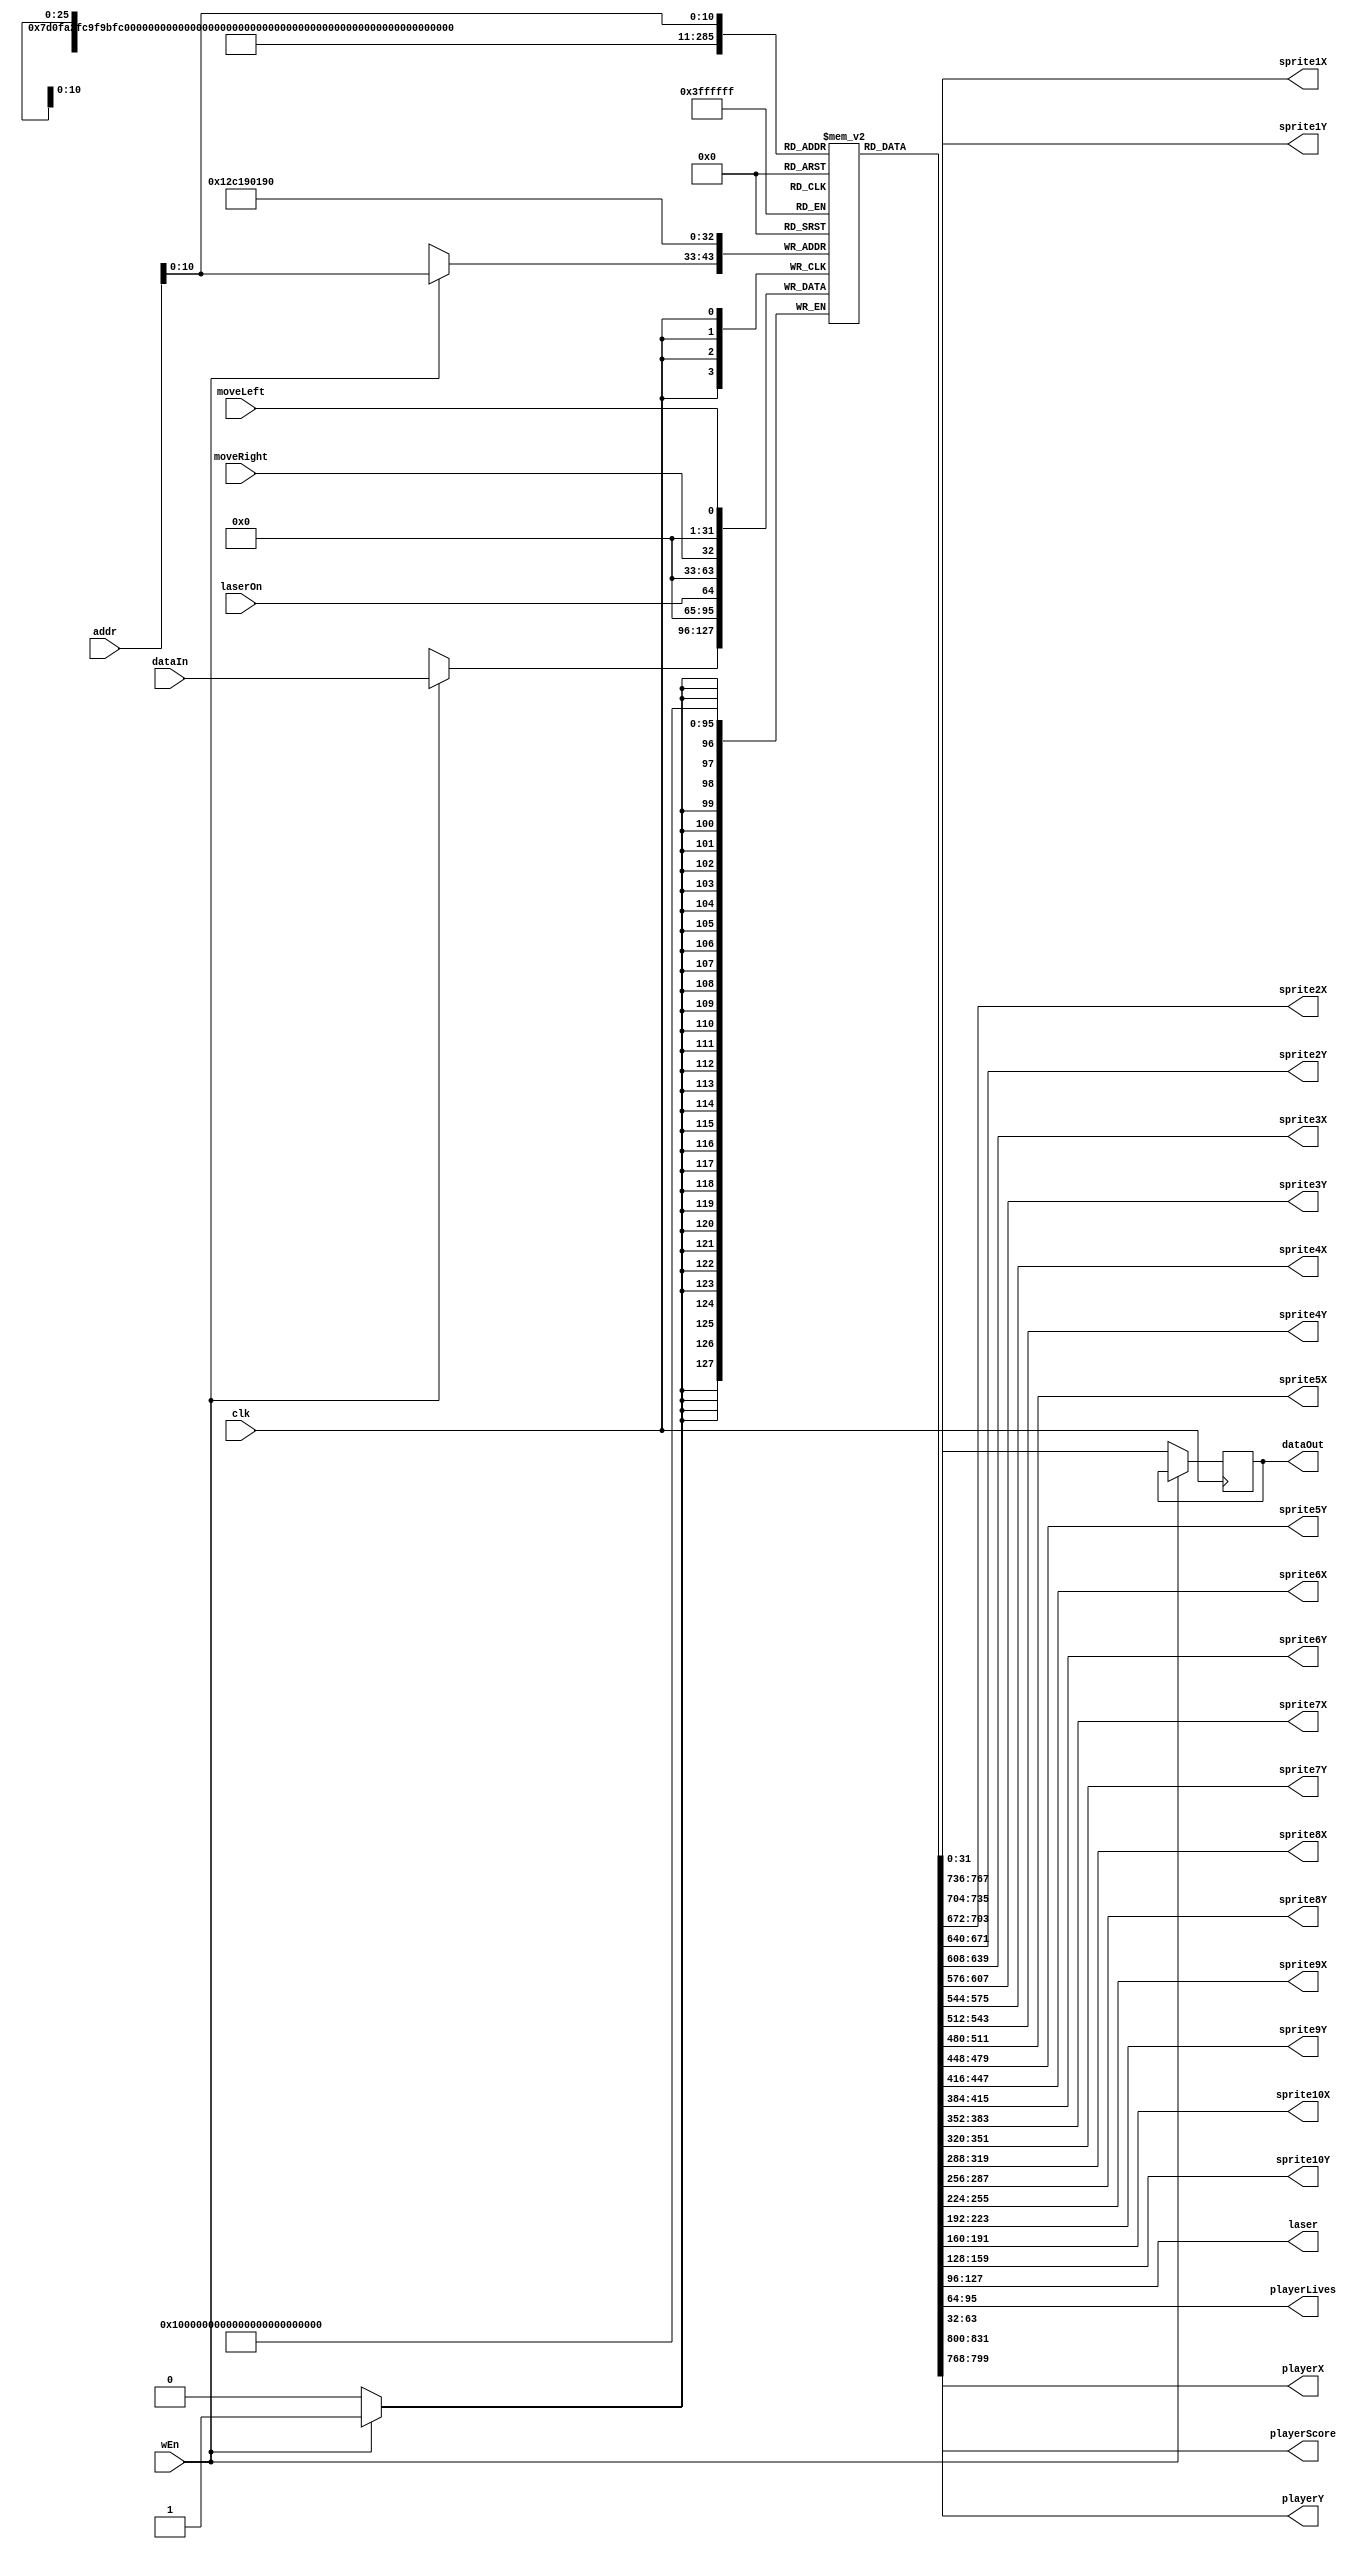
`timescale 1ns / 1ps
//originally depth was 4096
module RAM #( parameter DATA_WIDTH = 32, ADDRESS_WIDTH = 12, DEPTH = 2048) (
    input wire                     clk,
    input wire                     wEn,
    input wire [ADDRESS_WIDTH-1:0] addr,
    input wire [DATA_WIDTH-1:0]    dataIn,
    input wire                     moveRight,
    input wire                     moveLeft,
    input wire                     laserOn,
    output reg [DATA_WIDTH-1:0]    dataOut = 0,
    output wire [31:0] sprite1X, sprite1Y,
    output wire [31:0] sprite2X, sprite2Y,
    output wire [31:0] sprite3X, sprite3Y,
    output wire [31:0] sprite4X, sprite4Y,
    output wire [31:0] sprite5X, sprite5Y,
    output wire [31:0] sprite6X, sprite6Y,
    output wire [31:0] sprite7X, sprite7Y,
    output wire [31:0] sprite8X, sprite8Y,
    output wire [31:0] sprite9X, sprite9Y,
    output wire [31:0] sprite10X, sprite10Y,
    output wire [31:0] laser, playerLives, playerScore,
    output wire[31:0] playerX, playerY);
    
    reg[DATA_WIDTH-1:0] MemoryArray[0:DEPTH-1];
    
    integer i;
    initial begin
        for (i = 0; i < DEPTH; i = i + 1) begin
            MemoryArray[i] <= 0;
        end
        // if(MEMFILE > 0) begin
        //     $readmemh(MEMFILE, MemoryArray);
        // end
    end
    
    //assign temp1 = MemoryArray[1234];   
    assign playerX = MemoryArray[2000];
    assign playerY = MemoryArray[2001];

    assign sprite1X = MemoryArray[1010];
    assign sprite1Y = MemoryArray[1011];

    assign sprite2X = MemoryArray[1020];
    assign sprite2Y = MemoryArray[1021];

    assign sprite3X = MemoryArray[1030];
    assign sprite3Y = MemoryArray[1031];

    assign sprite4X = MemoryArray[1040];
    assign sprite4Y = MemoryArray[1041];

    assign sprite5X = MemoryArray[1050];
    assign sprite5Y = MemoryArray[1051];

    assign sprite6X = MemoryArray[1060];
    assign sprite6Y = MemoryArray[1061];
    
    assign sprite7X = MemoryArray[1070];
    assign sprite7Y = MemoryArray[1071];

    assign sprite8X = MemoryArray[1080];
    assign sprite8Y = MemoryArray[1081];

    assign sprite9X = MemoryArray[1090];
    assign sprite9Y = MemoryArray[1091];

    assign sprite10X = MemoryArray[1100];
    assign sprite10Y = MemoryArray[1101];

    assign laser = MemoryArray[1200];
    assign playerLives = MemoryArray[1250];
    assign playerScore = MemoryArray[1300];
    
    always @(posedge clk) begin
        MemoryArray[400] <= moveLeft;
        MemoryArray[800] <= moveRight;
        MemoryArray[1200] <= laserOn;
        if(wEn) begin
            MemoryArray[addr] <= dataIn;
        end else begin
            dataOut <= MemoryArray[addr];
        end
    end
endmodule